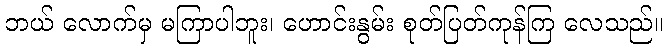
ဘယ် လောက်မှ မကြာပါဘူး၊ ဟောင်းနွမ်း စုတ်ပြတ်ကုန်ကြ လေသည်။